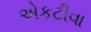
એકટીવા